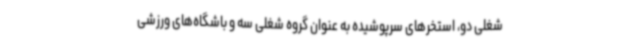
شغلی دو، استخرهای سرپوشیده به عنوان گروه شغلی سه و باشگاه‌های ورزشی